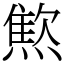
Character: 燞